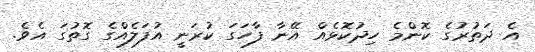
އެ ދަތުރުގެ ކޮންމެ ހިދުކޮޅެއް އޭނާ ފާހަގަ ކުރަނީ އުފަލެއްގެ ގޮތުގަ އެވެ.